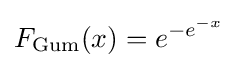
F_{\mathrm {Gum} }(x)=e^{-e^{-x}}